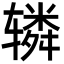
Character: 辚